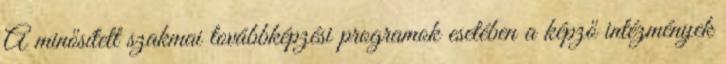
A minősített szakmai továbbképzési programok esetében a képző intézmények